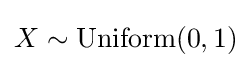
X\sim {\rm {Uniform}}(0,1)